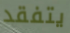
يتفقد